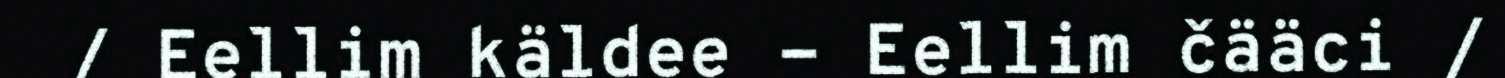
/ Eellim käldee - Eellim čääci /